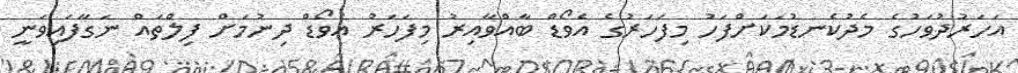
އަހަރުދުވަހުގެ މެދުކެނޑުމަކަށްފަހު މިފަހަރުގެ އެވޯޑް ބާއްވާއިރު މިފަހަރު އެވޯޑް ދިނުމަށް ފިލްތައް ނަގާފައިވަނީ